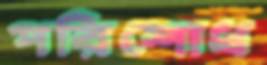
পরিশোধ